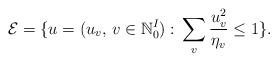
LaTeX: \begin{align*}\mathcal{E} = \{u=(u_v,\, v\in \mathbb{N}_0^{I}):\, \sum_{v} \frac{u_v^2}{\eta_v} \leq 1\}.\end{align*}